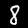
Digit: 8